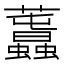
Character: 𧅪